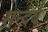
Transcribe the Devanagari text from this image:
सन्दर्ब